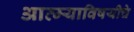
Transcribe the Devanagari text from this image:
आत्म्याविषयीचे